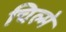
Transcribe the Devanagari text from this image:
चिल्मे